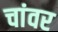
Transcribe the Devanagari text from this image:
चांवर